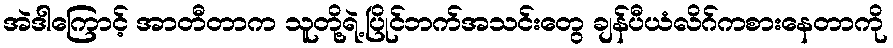
အဲဒါကြောင့် အာတီတာက သူတို့ရဲ့ပြိုင်ဘက်အသင်းတွေ ချန်ပီယံလိဂ်ကစားနေတာကို